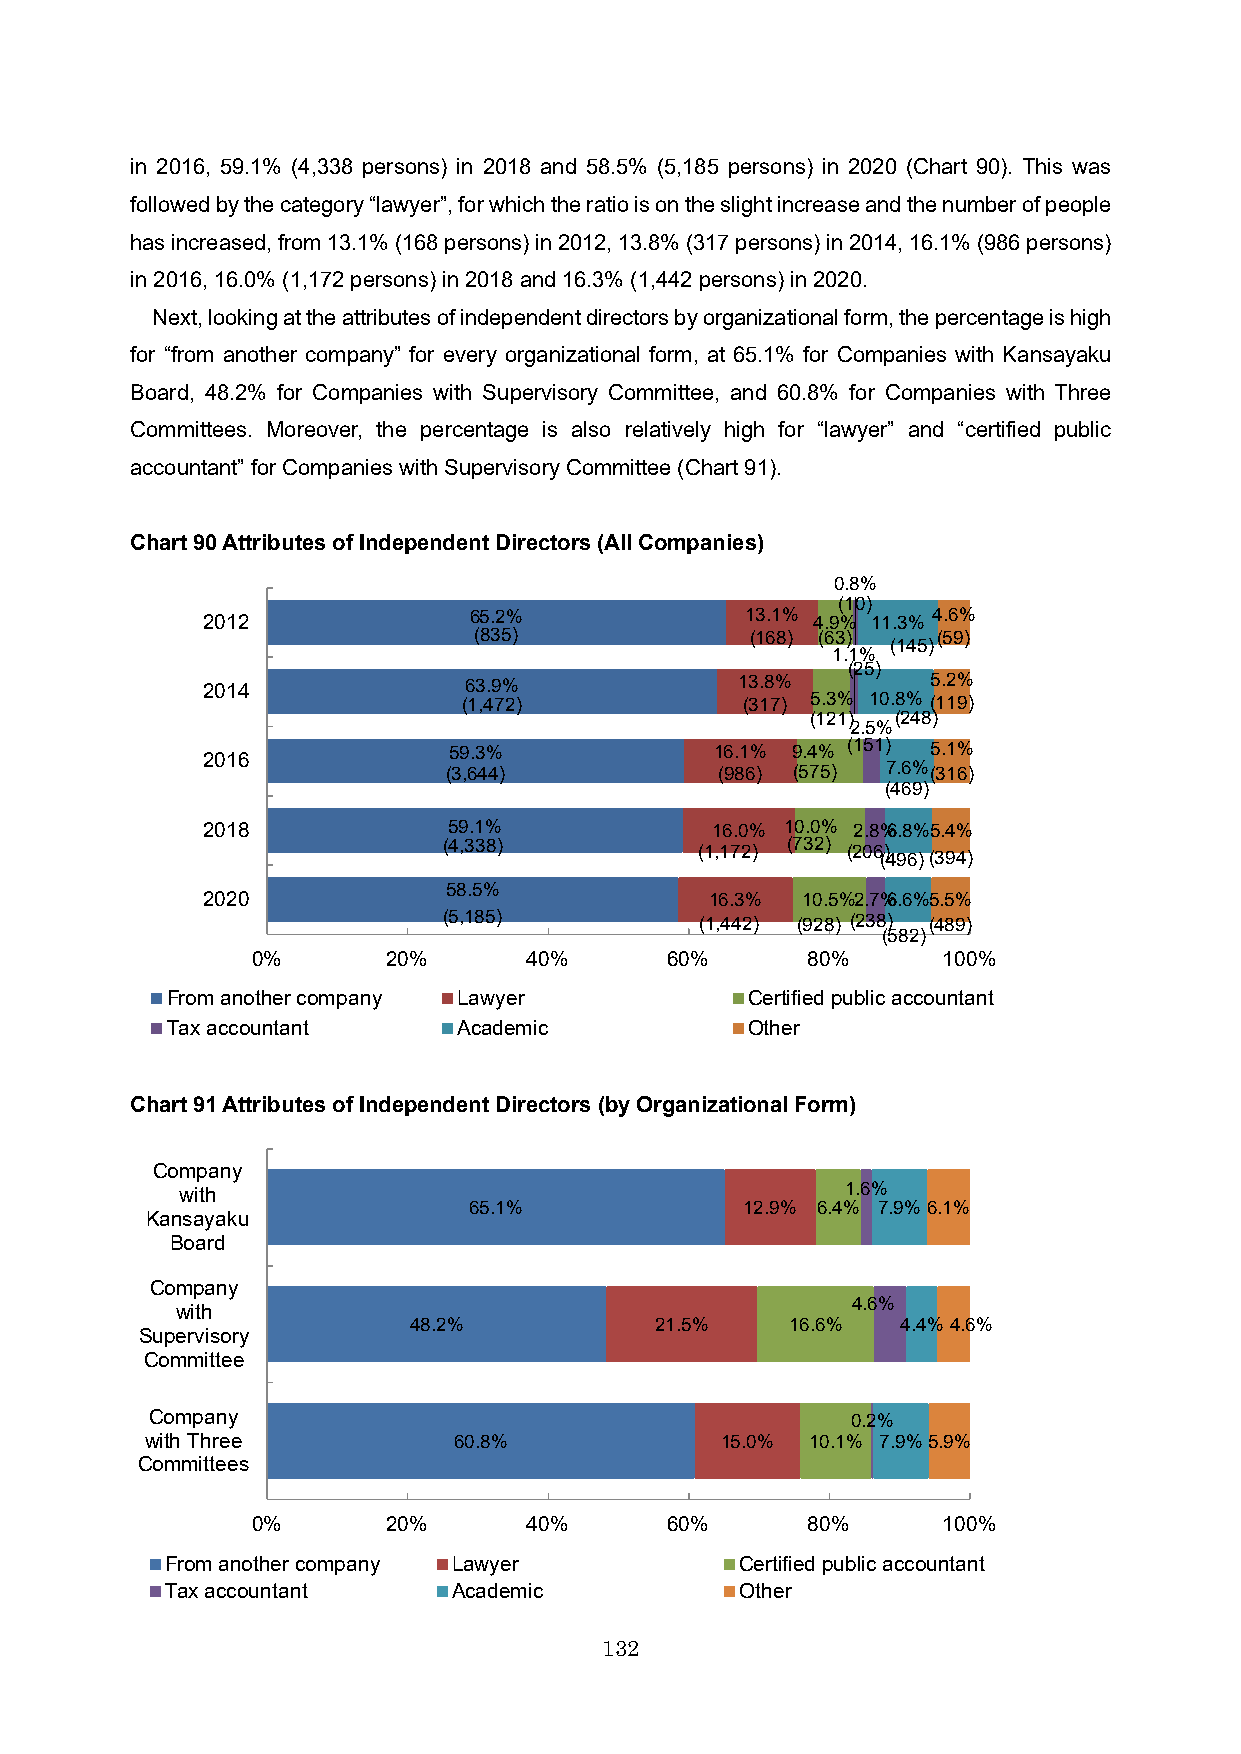
in 2016, 59.1% (4,338 persons) in 2018 and 58.5% (5,185 persons) in 2020 (Chart 90). This was
 followed by the category “lawyer”, for which the ratio is on the slight increase and the number of people
 has increased, from 13.1% (168 persons) in 2012, 13.8% (317 persons) in 2014, 16.1% (986 persons)
 in 2016, 16.0% (1,172 persons) in 2018 and 16.3% (1,442 persons) in 2020.
 Next, looking at the attributes of independent directors by organizational form, the percentage is high
 for “from another company” for every organizational form, at 65.1% for Companies with Kansayaku
 Board, 48.2% for Companies with Supervisory Committee, and 60.8% for Companies with Three
 Committees. Moreover, the percentage is also relatively high for “lawyer” and “certified public
 accountant” for Companies with Supervisory Committee (Chart91).
 Chart 90Attributes of Independent Directors (All Companies)
 0.8%
 (10)
 2012              65.2%             13.1% 4.9% 11.3% 4.6%
 (835)              (168) (63)  (59)
 (145)
 1.1%
 (25)
 2014              63.9%             13.8%        5.2%
 (1,472)           (317) 5.3% 10.8% (119)
 (121) (248)
 2.5%
 59.3%            16.1% 9.4% (151) 5.1%
 2016
 (3,644)            (986) (575) 7.6% (316)
 (469)
 2018             59.1%            16.0% 10.0% 2.8%6.8%5.4%
 (4,338)                (732)
 (1,172)   (206)
 (496)(394)
 58.5%
 2020                              16.3% 10.5%2.7%6.6%5.5%
 (5,185)          (1,442) (928) (238) (489)
 (582)
 0%       20%      40%      60%      80%      100%
 From another company Lawyer            Certified public accountant
 Tax accountant     Academic            Other
 Chart 91Attributes of Independent Directors (by Organizational Form)
 Company
 with                                        1.6%
 65.1%             12.9% 6.4% 7.9%6.1%
 Kansayaku
 Board
 Company
 4.6%
 with
 48.2%           21.5%    16.6%   4.4% 4.6%
 Supervisory
 Committee
 Company                                       0.2%
 with Three          60.8%             15.0% 10.1% 7.9%5.9%
 Committees
 0%       20%      40%      60%      80%      100%
 From another company Lawyer           Certified public accountant
 Tax accountant     Academic           Other
 132